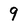
Character: 9